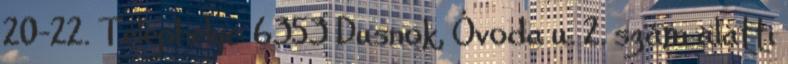
20-22. Telephelye: 6353 Dusnok, Óvoda u. 2. szám alatti